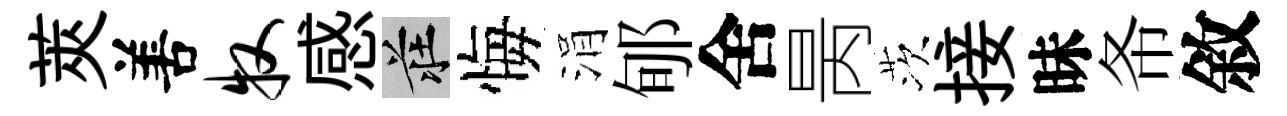
莢𠵊牧感莊悔涓郇舍昺茨接昧𢁙敘